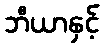
ဘီယာနှင့်